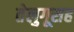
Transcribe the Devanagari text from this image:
तेलुगूसह